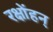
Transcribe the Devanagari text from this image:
रक्षोंहन्